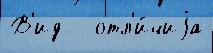
В'ид   отл'и́чиjа